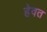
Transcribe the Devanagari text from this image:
हेवत